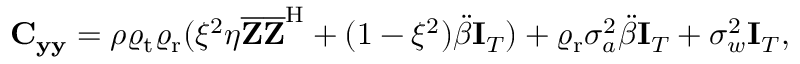
\begin{array} { r } { \mathbf { C } _ { \mathbf { y } \mathbf { y } } = \rho \varrho _ { \mathrm { t } } \varrho _ { \mathrm { r } } ( \xi ^ { 2 } \eta \overline { { \mathbf { Z } } } \overline { { \mathbf { Z } } } ^ { \mathrm { H } } + ( 1 - \xi ^ { 2 } ) \ddot { \beta } \mathbf { I } _ { T } ) + \varrho _ { \mathrm { r } } \sigma _ { a } ^ { 2 } \ddot { \beta } \mathbf { I } _ { T } + \sigma _ { w } ^ { 2 } \mathbf { I } _ { T } , } \end{array}